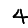
Digit: 4